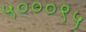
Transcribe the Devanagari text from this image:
५०००९५